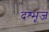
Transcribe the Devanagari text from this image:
दश्भूज